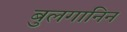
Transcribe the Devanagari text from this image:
बुलगानिन